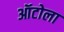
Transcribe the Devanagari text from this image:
ऑटोला